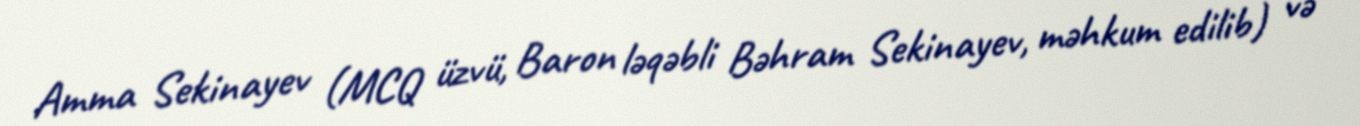
Amma Sekinayev (MCQ üzvü, Baron ləqəbli Bəhram Sekinayev, məhkum edilib) və